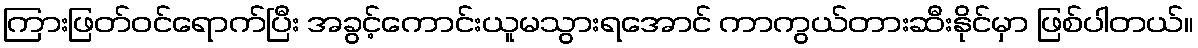
ကြားဖြတ်ဝင်ရောက်ပြီး အခွင့်ကောင်းယူမသွားရအောင် ကာကွယ်တားဆီးနိုင်မှာ ဖြစ်ပါတယ်။